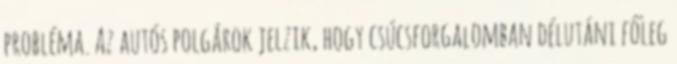
probléma. Az autós polgárok jelzik, hogy csúcsforgalomban délutáni főleg